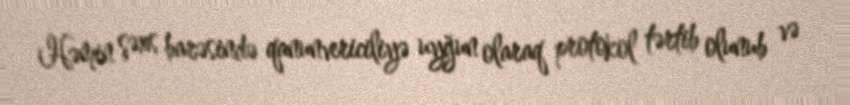
Həmin şəxs barəsində qanunvericiliyə uyğun olaraq protokol tərtib olunub və